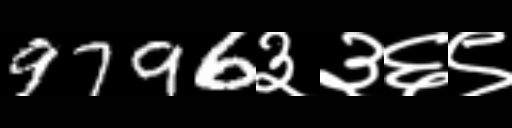
Text: 9796३३६९